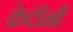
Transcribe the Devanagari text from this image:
क्रेटॉनों